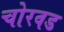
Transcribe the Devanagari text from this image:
चोरवड